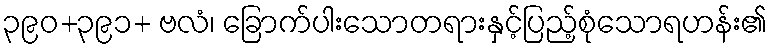
၃၉၀+၃၉၁+ ဗလံ၊ ခြောက်ပါးသောတရားနှင့်ပြည့်စုံသောရဟန်း၏